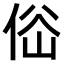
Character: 𠉚